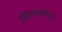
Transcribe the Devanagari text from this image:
द्रोणाचार्यपुत्र